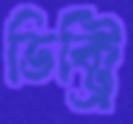
ভিক্ট্রি